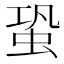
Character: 蛩